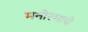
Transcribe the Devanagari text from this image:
मनोरमाचे